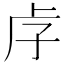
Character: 𡥋